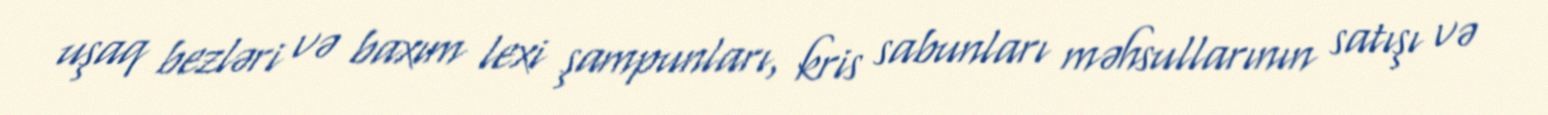
uşaq bezləri və baxım lexi şampunları, kris sabunları məhsullarının satışı və